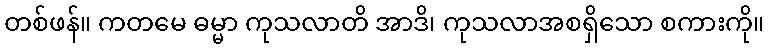
တစ်ဖန်။ ကတမေ ဓမ္မာ ကုသလာတိ အာဒိ၊ ကုသလာအစရှိသော စကားကို။